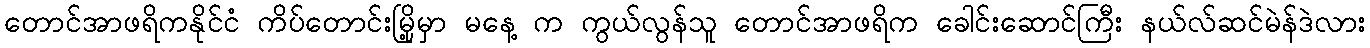
တောင်အာဖရိကနိုင်ငံ ကိပ်တောင်းမြို့မှာ မနေ့ က ကွယ်လွန်သူ တောင်အာဖရိက ခေါင်းဆောင်ကြီး နယ်လ်ဆင်မဲန်ဒဲလား